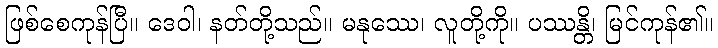
ဖြစ်စေကုန်ပြီ။ ဒေဝါ၊ နတ်တို့သည်။ မနုဿေ၊ လူတို့ကို။ ပဿန္တိ၊ မြင်ကုန်၏။